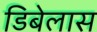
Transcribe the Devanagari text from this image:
डिबेलास